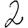
Digit: 2